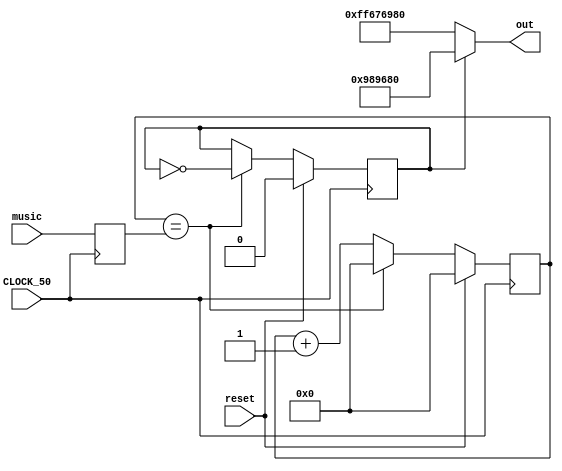
module square_wave_osc (
   input CLOCK_50,
	input [19:0]music,
   input reset,
   output [31:0] out);
   
   reg [19:0]HALF_WAVELENGTH;     // for 440 Hz (50,000,000/440)/2
	initial HALF_WAVELENGTH = 20'd21_321;
	
	always @(posedge CLOCK_50)
		HALF_WAVELENGTH <= music; //constantly plays our notes.
   parameter AMPLITUDE 	      = 32'd10_000_000;
   reg [19:0] count = 0;
   reg phase = 0;

   always @(posedge CLOCK_50)
      if (reset) begin
         count <= 0;
         phase <= 0;
      end
      else if (count == HALF_WAVELENGTH) begin
         count <= 0;
         phase <= ~phase;
      end
      else begin
         count <= count + 1;
      end
      
   assign out = phase ? AMPLITUDE : -AMPLITUDE;

endmodule